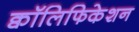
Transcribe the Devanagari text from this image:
क्वॉलिफिकेशन